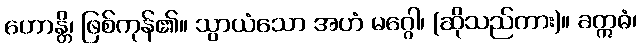
ဟောန္တိ၊ ဖြစ်ကုန်၏။ သွာယံသော အဟံ မဂ္ဂေါ၊ (ဆိုသည်ကား)။ ခဣဓံ၊